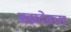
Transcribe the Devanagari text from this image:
ब्रह्मदेवता